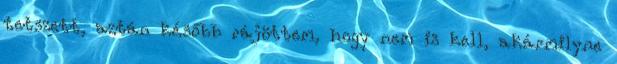
tetszett, aztán később rájöttem, hogy nem is kell, akármilyne